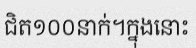
ជិត១០០នាក់។ក្នុងនោះ